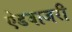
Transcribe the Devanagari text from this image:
ऐडवाजरी